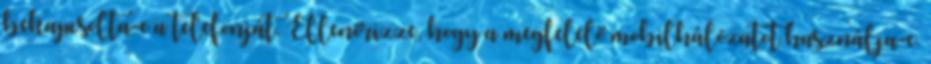
bekapcsolta-e a telefonját. Ellenőrizze, hogy a megfelelő mobilhálózatot használja-e.